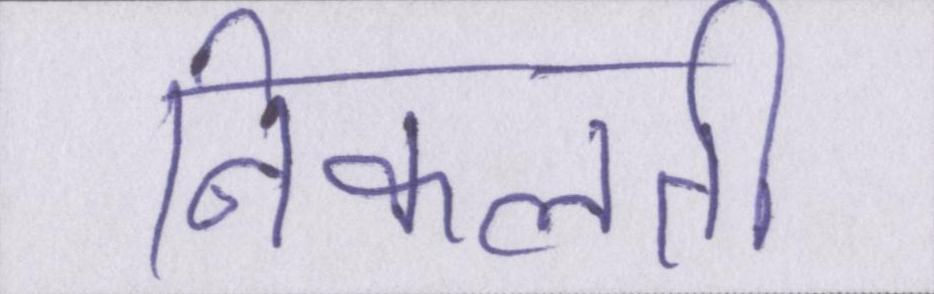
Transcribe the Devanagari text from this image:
निकलती